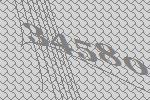
34580